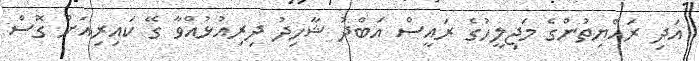
އަދި ރައްޔިތުންގެ މަޖިލީހުގެ ރައީސް އަބްދު ޝާހިދު ދިރިއުޅުއްވާ ގޭ ކައިރިއަށް ގޮސް